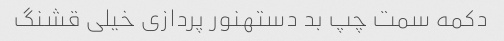
دکمه سمت چپ بد دستهنور پردازی خیلی قشنگ